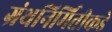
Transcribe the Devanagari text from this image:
ग्रंथनिर्मितीकडे